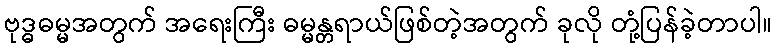
ဗုဒ္ဓဓမ္မအတွက် အရေးကြီး ဓမ္မန္တရာယ်ဖြစ်တဲ့အတွက် ခုလို တုံ့ပြန်ခဲ့တာပါ။